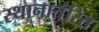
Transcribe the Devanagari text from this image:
स्थानातंरित